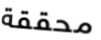
محققة